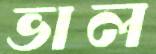
ভাল